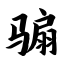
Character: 骟